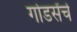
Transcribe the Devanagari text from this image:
गोडसेंचे